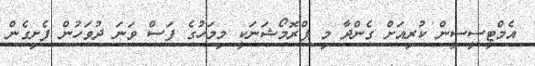
އެމްޓީސީސީން ކުރިއަށް ގެންދާ މި ޕްރޮމޯޝަނަކީ މިމަހުގެ ފަސް ވަނަ ދުވަހުން ފެށިގެން